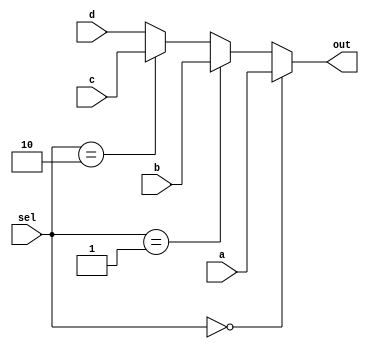
module mux4to1_32bit(a, b, c, d, sel, out);
input[31:0] a, b, c, d;
input[1:0] sel;
output[31:0] out;

assign out = (sel == 0) ? a : (sel == 1) ? b : (sel == 2) ? c : d;

endmodule